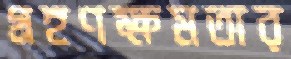
গ্রহণক্ষমতার